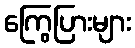
ကြွေပြားများ